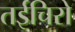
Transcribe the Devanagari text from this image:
तईचिरो